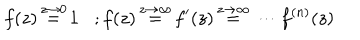
f ( z ) \, { \stackrel { z \to 0 } { = } } \, 1 ; f ( z ) \, { \stackrel { z \to \infty } { = } } \, f ^ { \prime } ( z ) \, { \stackrel { z \to \infty } { = } } \, \cdots f ^ { ( n ) } ( z ) \,